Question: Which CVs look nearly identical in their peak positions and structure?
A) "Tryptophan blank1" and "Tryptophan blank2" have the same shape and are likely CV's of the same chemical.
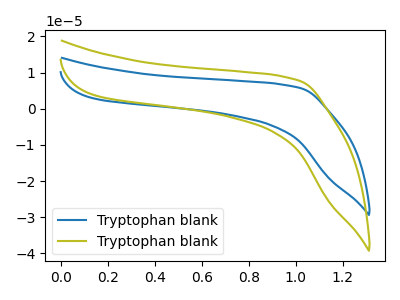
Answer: <think>The blue curve "Tryptophan blank1" has no peaks. The olive curve "Tryptophan blank2" has no peaks.
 Neither "Tryptophan blank1" or "Tryptophan blank2" have any peaks.</think>
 <answer>A) "Tryptophan blank1" and "Tryptophan blank2" have the same shape and are likely CV's of the same chemical.</answer>
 <eval>A</eval>